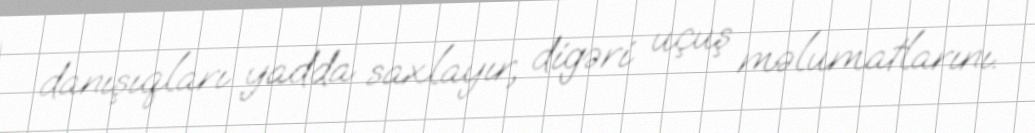
danışıqları yadda saxlayır, digəri uçuş məlumatlarını.